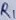
Text: R1